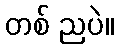
တစ် ညပဲ။